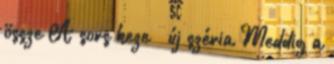
össze A sors keze – új széria Meddig a